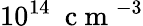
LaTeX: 10^{14}~\mathrm{~c~m~}^{-3}